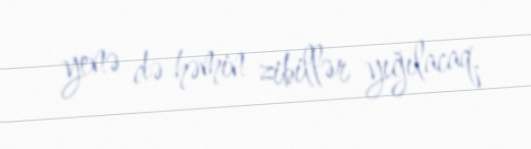
yenə də həmin zibillər yığılacaq.